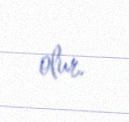
olur.